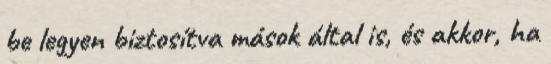
be legyen biztosítva mások által is, és akkor, ha